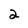
Character: 2